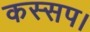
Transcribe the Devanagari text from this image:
कस्सप।